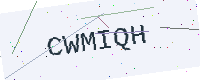
Text: CWMIQH